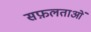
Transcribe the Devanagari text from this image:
सफ़लताओं